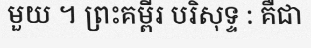
មួយ ។ ព្រះគម្ពីរ បរិសុទ្ទ : គឺជា